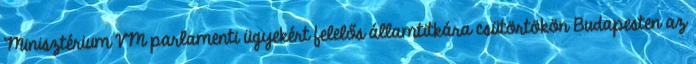
Minisztérium VM parlamenti ügyekért felelős államtitkára csütörtökön Budapesten az